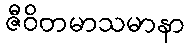
ဇီဝိတမာသမာနာ